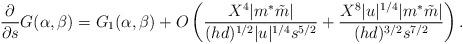
LaTeX: \begin{align*}\frac{\partial}{\partial s} G(\alpha,\beta)= G_1(\alpha,\beta)+O\left(\frac{X^4|m^{\ast}\tilde{m}|}{(hd)^{1/2}|u|^{1/4}s^{5/2}}+\frac{X^8|u|^{1/4}|m^{\ast}\tilde{m}|}{(hd)^{3/2}s^{7/2}}\right).\end{align*}